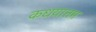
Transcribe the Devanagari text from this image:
कधयात्तम